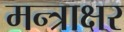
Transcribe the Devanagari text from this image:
मन्त्राक्षर